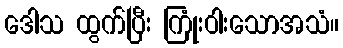
ဒေါသ ထွက်ပြီး ကြုံးဝါးသောအသံ။